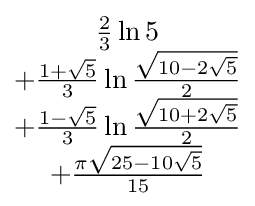
{\begin{matrix}{\tfrac {2}{3}}\ln 5\\+{\tfrac {{1}+{\sqrt {5}}}{3}}\ln {\tfrac {\sqrt {10-2{\sqrt {5}}}}{2}}\\+{\tfrac {{1}-{\sqrt {5}}}{3}}\ln {\tfrac {\sqrt {10+2{\sqrt {5}}}}{2}}\\+{\tfrac {\pi {\sqrt {25-10{\sqrt {5}}}}}{15}}\end{matrix}}